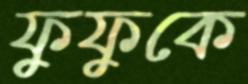
ফুফুকে